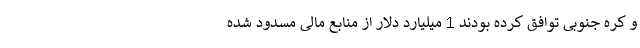
و کره جنوبی توافق کرده بودند 1 میلیارد دلار از منابع مالی مسدود شده